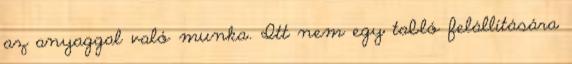
az anyaggal való munka. Itt nem egy tabló felállítására